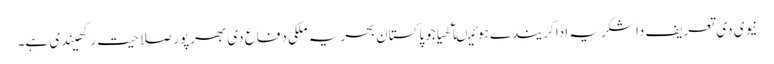
نیوی دی تعریف دا شکریہ ادا کریندے ہوئیںآکھیا جوپاکستان بحریہ ملکی دفاع دی بھرپور صلاحیت رکھیندی ہے۔